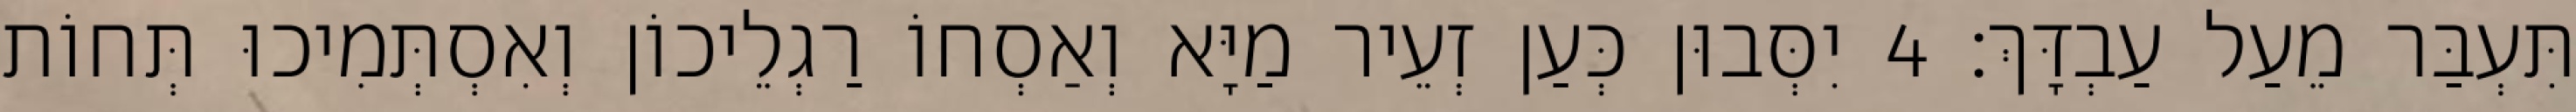
תִּעְבַּר מֵעַל עַבְדָּךְ׃ 4 יִסְּבוּן כְּעַן זְעֵיר מַיָּא וְאַסְחוֹ רַגְלֵיכוֹן וְאִסְתְּמִיכוּ תְּחוֹת